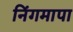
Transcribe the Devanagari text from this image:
निंगमापा